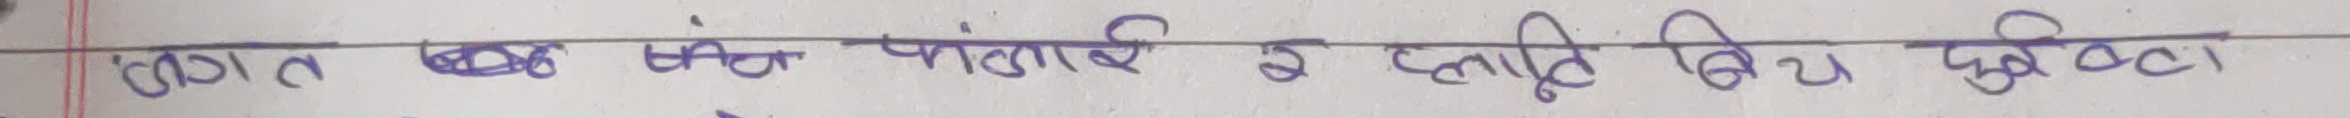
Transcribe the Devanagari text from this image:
लागत खर्च पाँच लाख दिइ पूर्ववत्